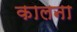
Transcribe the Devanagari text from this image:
कालना